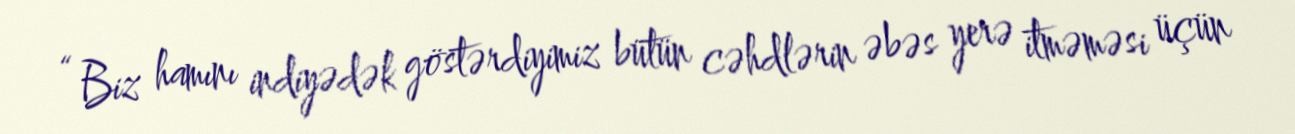
“ Biz hamını indiyədək göstərdiyimiz bütün cəhdlərin əbəs yerə itməməsi üçün